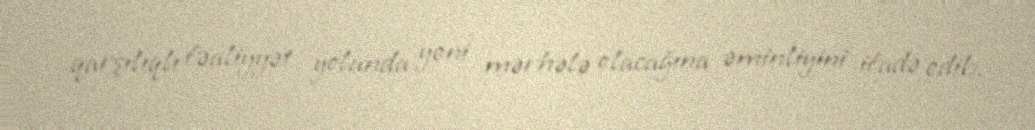
qarşılıqlı fəaliyyət yolunda yeni mərhələ olacağına əminliyini ifadə edib.